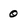
Character: 0